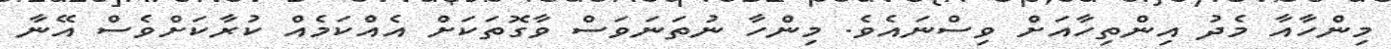
މިންހާއާ މެދު އިންތިހާއަށް ވިސްނައެވެ. މިންހާ ނުތަނަވަސް ވާގޮތަަކަށް އެއްކަމެއް ކުރާކަށްވެސް އޭނާ